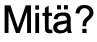
Mitä?